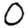
Digit: 0